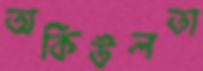
অকিউলতা